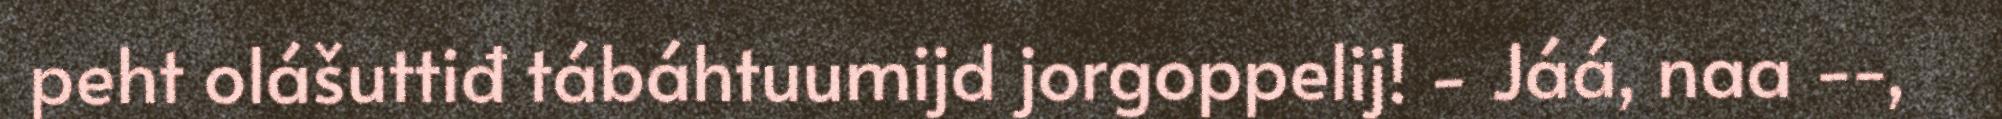
peht olášuttiđ tábáhtuumijd jorgoppelij! - Jáá, naa --,